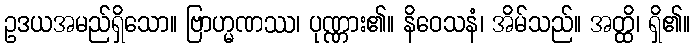
ဥဒယအမည်ရှိသော။ ဗြာဟ္မဏဿ၊ ပုဏ္ဏား၏။ နိဝေသနံ၊ အိမ်သည်။ အတ္ထိ၊ ရှိ၏။